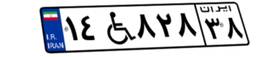
۱۴W۸۲۸۳۸